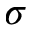
\sigma